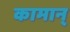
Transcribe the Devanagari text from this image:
कामान्